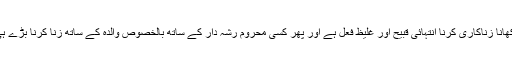
آپ ﷺ نے فرمایا: اللہ کے ساتھ شرک کرنا اور سود کھانا زناکاری کرنا انتہائی قبیح اور غلیظ فعل ہے اور پھر کسی محروم رشہ دار کے ساتھ بالخصوص والدہ کے ساتھ زنا کرنا بڑے ہی خطرناک بھیانک اور قابل لعنت ونفرت حرکت ہے۔